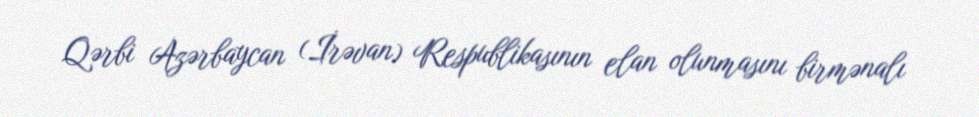
Qərbi Azərbaycan (İrəvan) Respublikasının elan olunmasını birmənalı